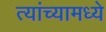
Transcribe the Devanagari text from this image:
त्‍यांच्‍यामध्‍ये